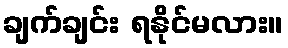
ချက်ချင်း ရနိုင်မလား။